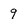
Character: 9